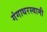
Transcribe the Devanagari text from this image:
गंगाधरस्वामी